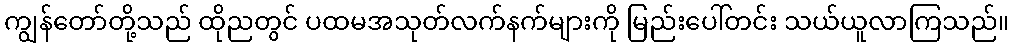
ကျွန်တော်တို့သည် ထိုညတွင် ပထမအသုတ်လက်နက်များကို မြည်းပေါ်တင်း သယ်ယူလာကြသည်။